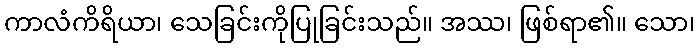
ကာလံကိရိယာ၊ သေခြင်းကိုပြုခြင်းသည်။ အဿ၊ ဖြစ်ရာ၏။ သော၊